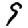
Digit: 9